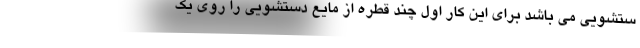
ستشویی می باشد برای این کار اول چند قطره از مایع دستشویی را روی یک